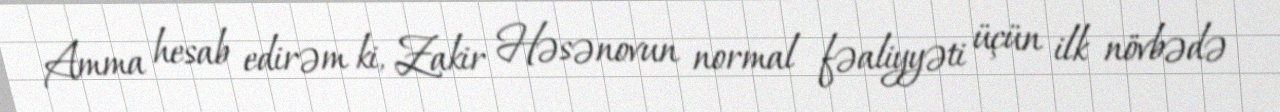
Amma hesab edirəm ki, Zakir Həsənovun normal fəaliyyəti üçün ilk növbədə